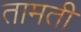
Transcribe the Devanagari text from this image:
तामती